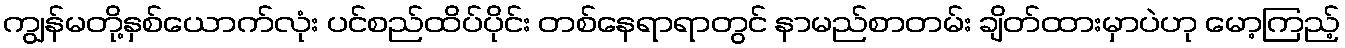
ကျွန်မတို့နှစ်ယောက်လုံး ပင်စည်ထိပ်ပိုင်း တစ်နေရာရာတွင် နာမည်စာတမ်း ချိတ်ထားမှာပဲဟု မော့ကြည့်